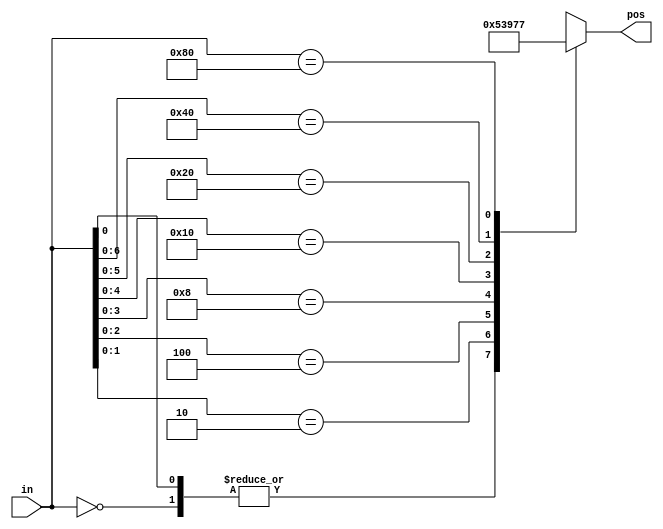
// synthesis verilog_input_version verilog_2001
// systemverilog-only syntax does not synthesize because of above line, so
// may need to waive lint errors
module top_module (
    input [7:0] in,
    output reg [2:0] pos
);


  // verilog_lint: waive always-comb
  always @(*) begin
    // casez: treat bits that have the value `z` or `?` as don't care
    // good practice to make inputs only match one case, so that order of
    // cases don't matter
    casez (in)
      8'b0: pos = 3'h0;
      8'bzzzz_zzz1: pos = 3'h0;
      8'bzzzz_zz10: pos = 3'h1;
      8'bzzzz_z100: pos = 3'h2;
      8'bzzzz_1000: pos = 3'h3;
      8'bzzz1_0000: pos = 3'h4;
      8'bzz10_0000: pos = 3'h5;
      8'bz100_0000: pos = 3'h6;
      8'b1000_0000: pos = 3'h7;
      default: pos = {3{1'bx}};
    endcase
  end

endmodule